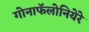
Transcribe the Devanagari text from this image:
गोनाफॅलोनियेरे